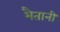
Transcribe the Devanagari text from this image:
भैतानी